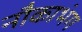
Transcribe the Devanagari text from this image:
नौकाभंग